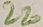
Text: 220